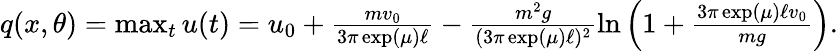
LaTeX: \begin{array}{r}{q(x,\theta)=\operatorname*{max}_{t}u(t)=u_{0}+\frac{mv_{0}}{3\pi\exp(\mu)\ell}-\frac{m^{2}g}{(3\pi\exp(\mu)\ell)^{2}}\ln\left(1+\frac{3\pi\exp(\mu)\ell v_{0}}{mg}\right).}\end{array}